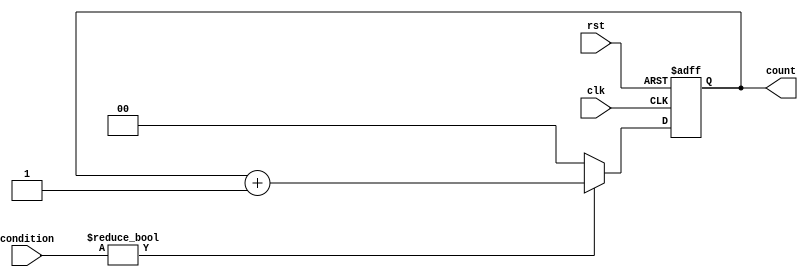
module up_counter_2_bit_bl(condition,
                           count,   //Output for the counter
                           clk,     //Clock
                           rst);   //Reset input
       
       output [1:0]  count;
       reg    [1:0]  count;
//       reg           increment = 0;
       
       input  [1:0]  condition;
       input         rst;
       input         clk;

//       always@(posedge condition[0] or posedge condition[1] or posedge clk)
//         if(condition && !count)
//           increment <= 1;
//         else
//           increment <= 0;

       always@(posedge clk, negedge rst)
         if(~rst)                   
           count <= 0;
         else   
           begin
             if(condition)        
               count <= count + 1;
             else
               count <= 0; 
           end 
           
endmodule